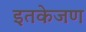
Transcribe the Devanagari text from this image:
इतकेजण